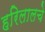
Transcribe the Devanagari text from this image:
हरिलालचे